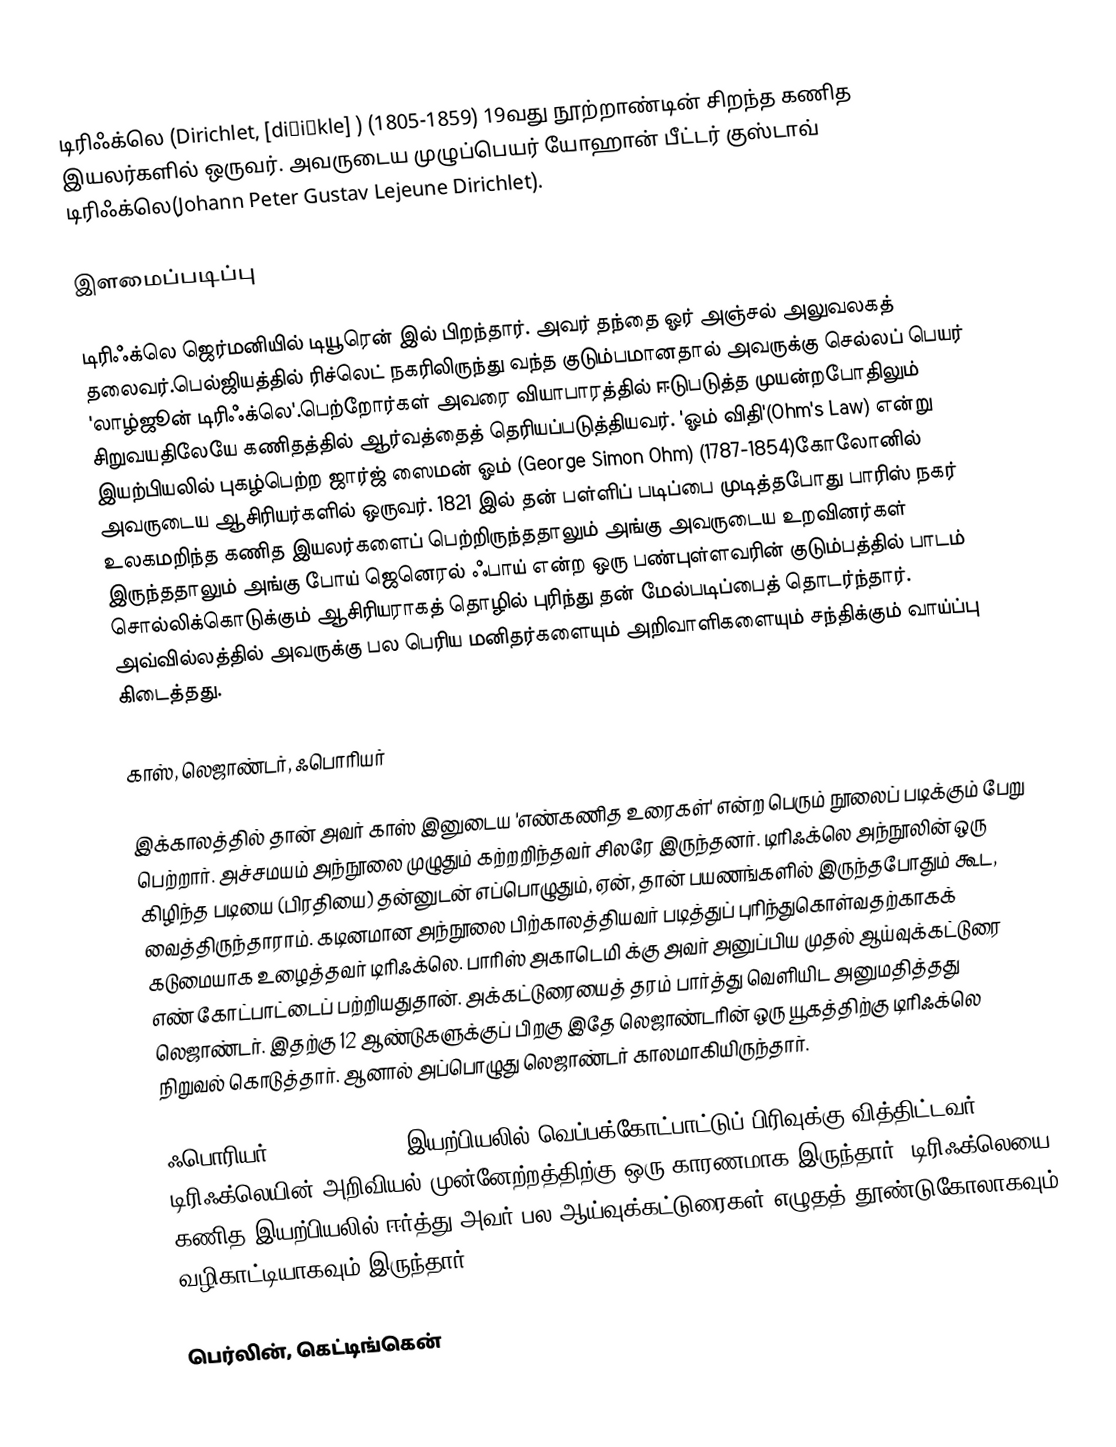
டிரிஃக்லெ  (Dirichlet, [diʀiˈkle] ) (1805-1859) 19வது நூற்றாண்டின் சிறந்த கணித இயலர்களில் ஒருவர். அவருடைய முழுப்பெயர் யோஹான் பீட்டர் குஸ்டாவ் டிரிஃக்லெ(Johann Peter Gustav Lejeune Dirichlet).

இளமைப்படிப்பு

டிரிஃக்லெ ஜெர்மனியில் டியூரென் இல் பிறந்தார். அவர் தந்தை ஓர் அஞ்சல் அலுவலகத் தலைவர்.பெல்ஜியத்தில் ரிச்லெட் நகரிலிருந்து வந்த குடும்பமானதால் அவருக்கு செல்லப் பெயர் 'லாழ்ஜூன் டிரிஃக்லெ'.பெற்றோர்கள் அவரை வியாபாரத்தில் ஈடுபடுத்த முயன்றபோதிலும்  சிறுவயதிலேயே கணிதத்தில் ஆர்வத்தைத் தெரியப்படுத்தியவர்.  'ஓம் விதி'(Ohm's Law)  என்று இயற்பியலில் புகழ்பெற்ற ஜார்ஜ் ஸைமன் ஓம் (George Simon Ohm) (1787-1854)கோலோனில் அவருடைய ஆசிரியர்களில் ஒருவர். 1821 இல்  தன் பள்ளிப் படிப்பை முடித்தபோது  பாரிஸ் நகர் உலகமறிந்த கணித இயலர்களைப் பெற்றிருந்ததாலும்  அங்கு அவருடைய உறவினர்கள் இருந்ததாலும் அங்கு போய்   ஜெனெரல் ஃபாய் என்ற ஒரு பண்புள்ளவரின் குடும்பத்தில் பாடம் சொல்லிக்கொடுக்கும் ஆசிரியராகத் தொழில் புரிந்து  தன் மேல்படிப்பைத்  தொடர்ந்தார். அவ்வில்லத்தில் அவருக்கு பல பெரிய மனிதர்களையும் அறிவாளிகளையும் சந்திக்கும் வாய்ப்பு கிடைத்தது.

காஸ், லெஜாண்டர், ஃபொரியர்

இக்காலத்தில் தான் அவர் காஸ் இனுடைய 'எண்கணித உரைகள்' என்ற பெரும் நூலைப் படிக்கும் பேறு பெற்றார். அச்சமயம் அந்நூலை முழுதும் கற்றறிந்தவர் சிலரே இருந்தனர். டிரிஃக்லெ அந்நூலின் ஒரு கிழிந்த படியை (பிரதியை) தன்னுடன் எப்பொழுதும், ஏன், தான் பயணங்களில் இருந்தபோதும் கூட,  வைத்திருந்தாராம். கடினமான அந்நூலை பிற்காலத்தியவர் படித்துப் புரிந்துகொள்வதற்காகக் கடுமையாக உழைத்தவர் டிரிஃக்லெ. பாரிஸ் அகாடெமி க்கு அவர் அனுப்பிய முதல் ஆய்வுக்கட்டுரை எண் கோட்பாட்டைப் பற்றியதுதான். அக்கட்டுரையைத் தரம் பார்த்து வெளியிட அனுமதித்தது லெஜாண்டர்.  இதற்கு 12 ஆண்டுகளுக்குப் பிறகு இதே லெஜாண்டரின்   ஒரு யூகத்திற்கு டிரிஃக்லெ நிறுவல் கொடுத்தார். ஆனால் அப்பொழுது லெஜாண்டர் காலமாகியிருந்தார்.

ஃபொரியர் (1768-1830) -- இயற்பியலில் வெப்பக்கோட்பாட்டுப் பிரிவுக்கு வித்திட்டவர் -- டிரிஃக்லெயின் அறிவியல் முன்னேற்றத்திற்கு ஒரு காரணமாக இருந்தார். டிரிஃக்லெயை கணித இயற்பியலில் ஈர்த்து அவர் பல ஆய்வுக்கட்டுரைகள் எழுதத் தூண்டுகோலாகவும் வழிகாட்டியாகவும் இருந்தார்.

பெர்லின், கெட்டிங்கென்